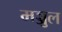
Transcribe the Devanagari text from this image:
मञ्जुल